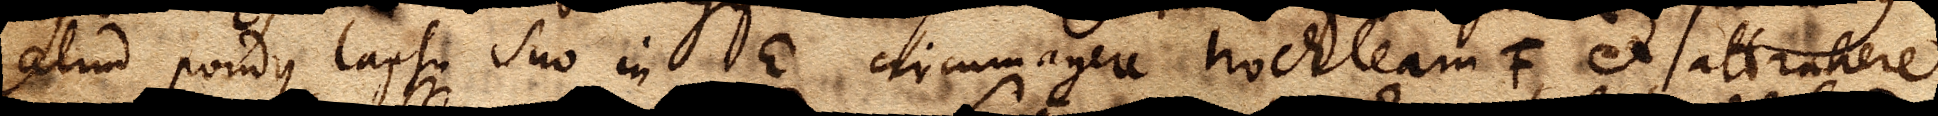
aliud pondus lapsu suo in E circumagere trochleam F, et attrahere